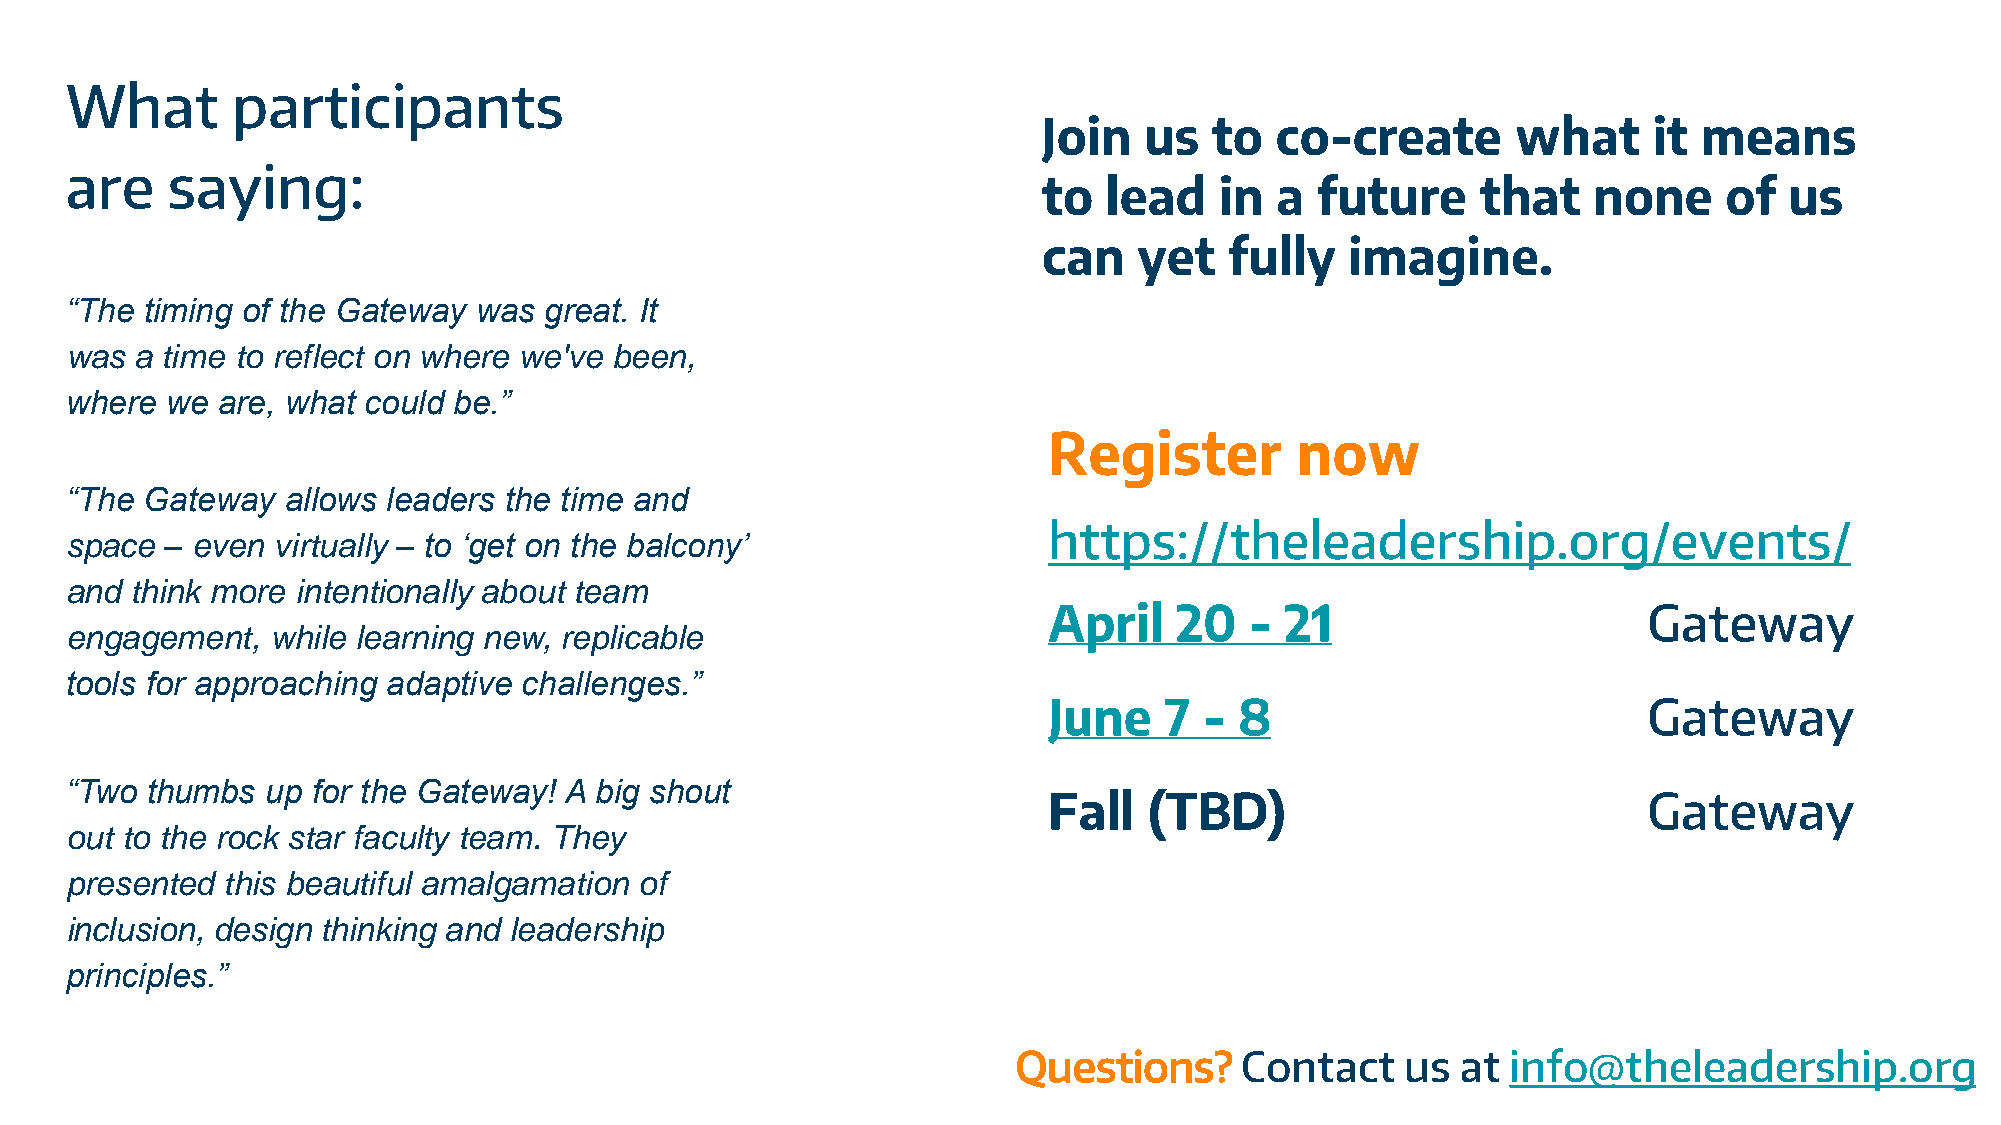
What       participants
 Join   us  to  co-create       what     it  means
 are    saying:
 to  lead    in a  future     that   none     of  us
 can   yet   fully   imagine.
 “The  timing of the Gateway was great. It
 was  a time to reflect on where we've been,
 where  we are, what could be.”
 Register         now
 “The  Gateway  allows leaders the time and
 https://theleadership.org/events/
 space  – even virtually – to ‘get on the balcony’
 and  think more intentionally about team
 April    20   - 21                      Gateway
 engagement,   while learning new, replicable
 tools for approaching adaptive challenges.”
 June    7  - 8                          Gateway
 “Two  thumbs  up for the Gateway! A big shout
 Fall   (TBD)                            Gateway
 out to the rock star faculty team. They
 presented  this beautiful amalgamation of
 inclusion, design thinking and leadership
 principles.”
 Questions?     Contact    us  at info@theleadership.org